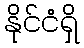
နိုင်ငံရှိ